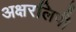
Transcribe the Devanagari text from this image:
अक्षरलिपी